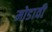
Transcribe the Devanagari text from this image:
मोडावी